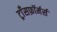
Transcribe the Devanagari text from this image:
ट्राँसफ़ॉर्मर्स